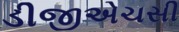
ડીજીએચસી